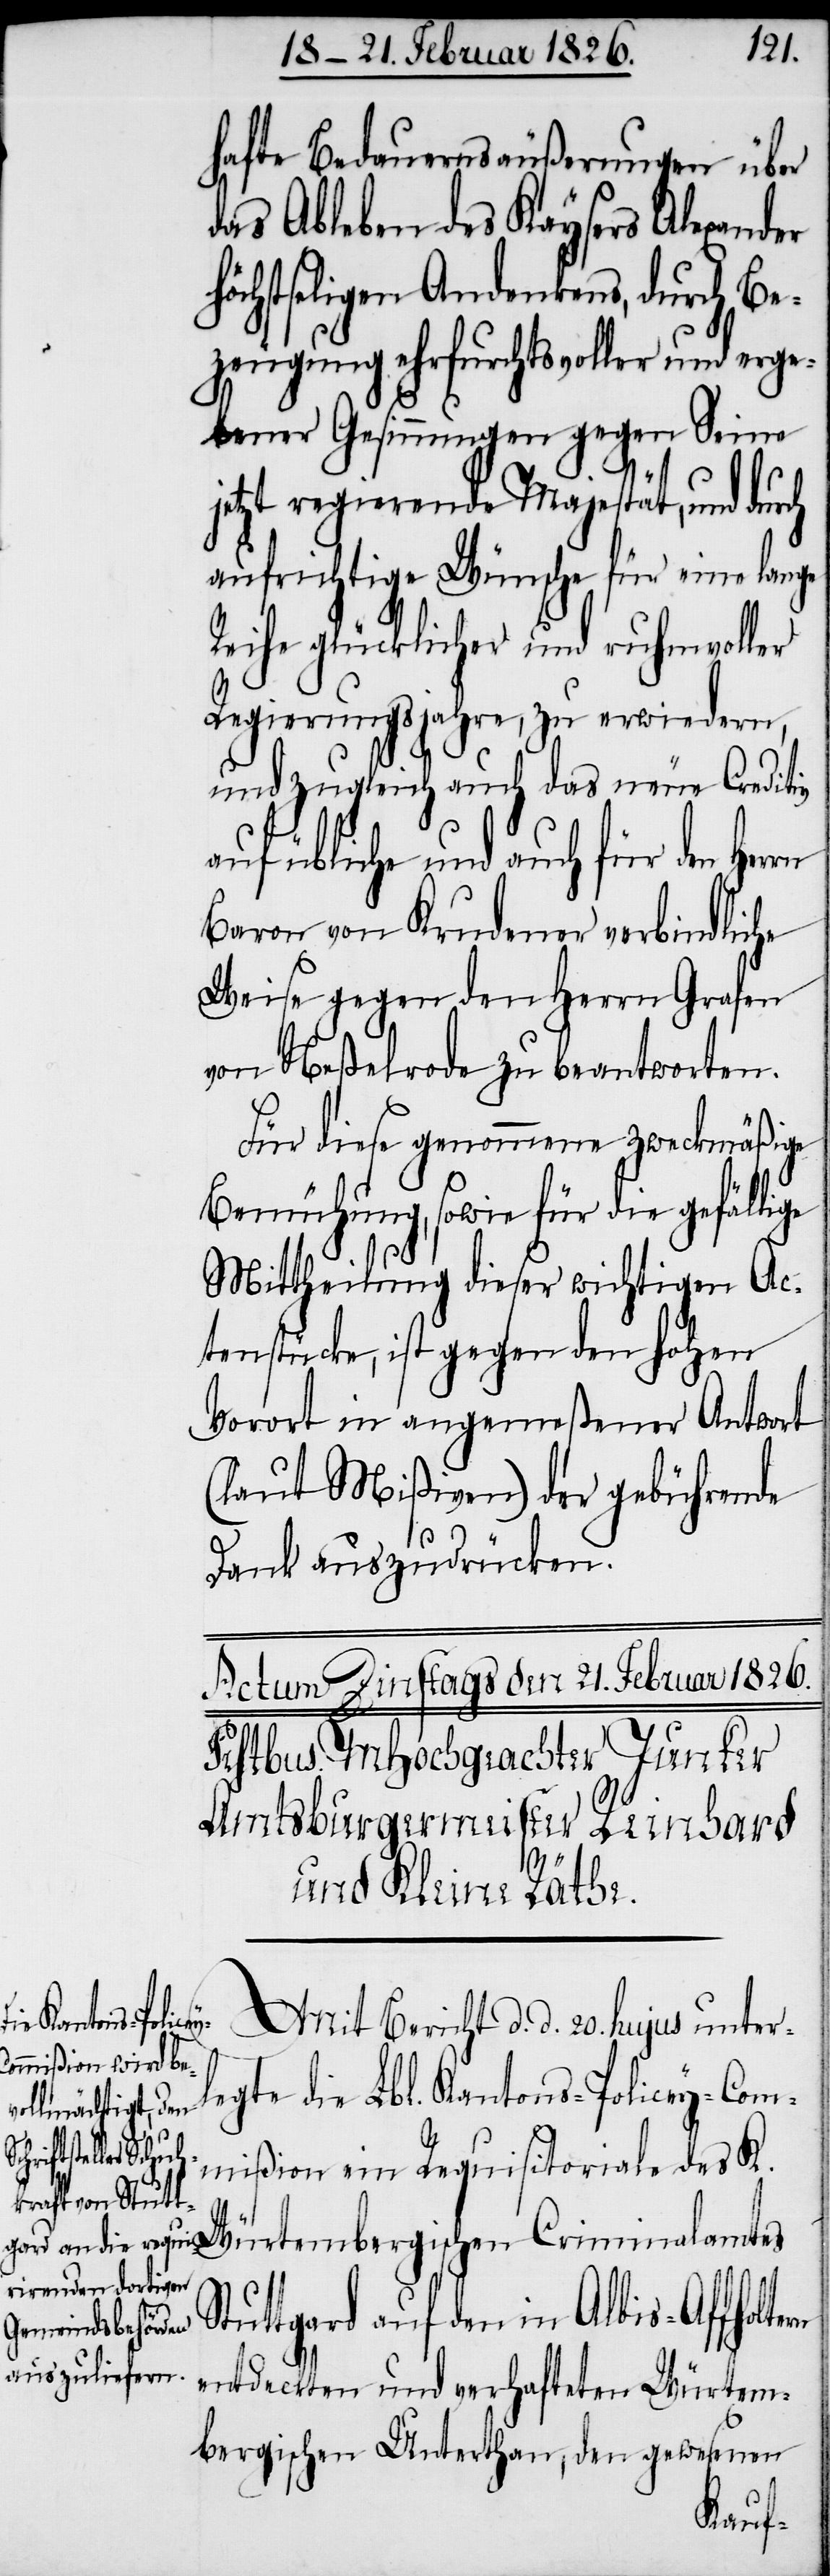
hafte Bedauernsäußerungen über
das Ableben des Kaysers Alexander
hstseligen Andenkens, durch Be¬
zeugung ehrfurchtsvoller und erge¬
bener Gesinnung gegen Seine
jetzt regierende Majestät, und
aufrichtige Wünsche für eine lange
Reihe glücklicher und ruhmvoller
Regierungsjahre, zu erwiedern,
und zugleich auch das neue Creditiv
auf übliche und auch für den
Baron von Krudener verbindliche
Weise gegen den Herrn Grafen
von Neßelrode zu beantworten.
Für diese genommene zweckmäßige
Bemühung, sowie für die gefällige
Mittheilung dieser wichtigen Ac¬
tenstücke, ist gegen den hohen
Vorort in angemeßener Antwort
(laut Mißiven) der gebührende
Dank auszudrücken.
Albis-Affoltern
Mit Bericht d. d. 20. hujus unter¬
legte die Lbl. Kantons-Policey-Com¬
Stuttgard auf
mißion ein Requisitoriale des K.
Würtembergischen Criminalamtes
entdeckten und verhafteten Würtem¬
bergischen Unterthan, den gewesenen
höc¬